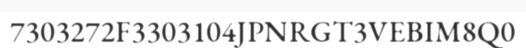
7303272F3303104JPNRGT3VEBIM8Q0